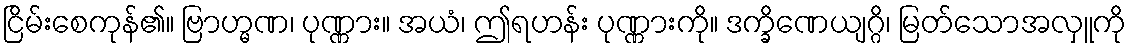
ငြိမ်းစေကုန်၏။ ဗြာဟ္မဏ၊ ပုဏ္ဏား။ အယံ၊ ဤရဟန်း ပုဏ္ဏားကို။ ဒက္ခိဏေယျဂ္ဂိ၊ မြတ်သောအလှူကို